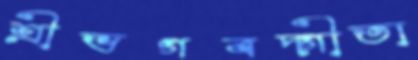
শ্রীভগবদ্গীতা